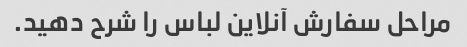
مراحل سفارش آنلاین لباس را شرح دهید.